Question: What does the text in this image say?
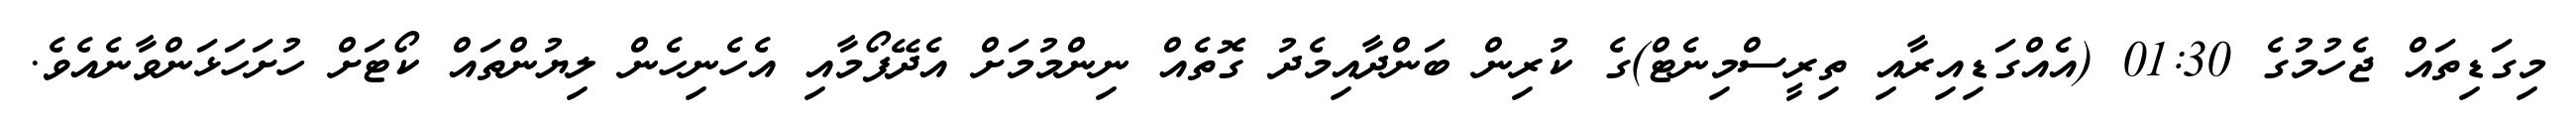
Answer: މިގަޑިތައް ޖެހުމުގެ 01:30 (އެއްގަޑިއިރާއި ތިރީސްމިނެޓް)ގެ ކުރިން ބަންދާއިމެދު ގޮތެއް ނިންމުމަށް އެދޭފޯމާއި އެހެނިހެން ލިޔުންތައް ކޯޓަށް ހުށަހަޅަންވާނެއެވެ.